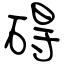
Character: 碍